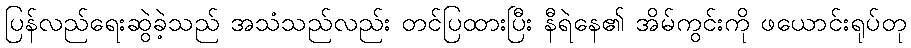
ပြန်လည်ရေးဆွဲခဲ့သည် အသံသည်လည်း တင်ပြထားပြီး နီရဲနေ၏ အိမ်ကွင်းကို ဖယောင်းရုပ်တု